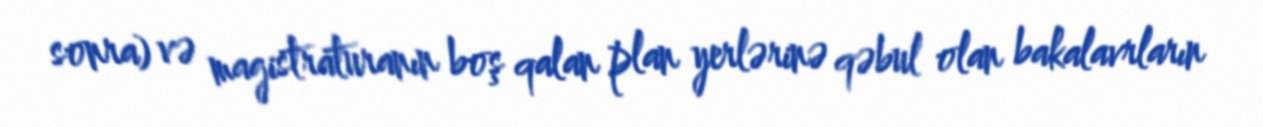
sonra) və magistraturanın boş qalan plan yerlərinə qəbul olan bakalavrların